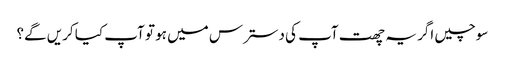
سوچیں اگر یہ چھت آپ کی دسترس میں ہو تو آپ کیا کریں گے؟